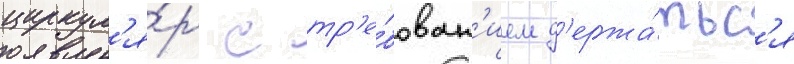
циркул'я́р с тр'е́бован'ием д'ержа́тьс'я